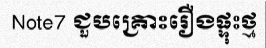
Note7 ជួបគ្រោះរឿងផ្ទុះថ្ម